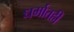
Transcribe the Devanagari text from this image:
धर्मातही